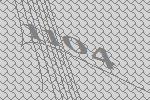
1104